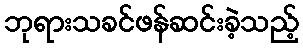
ဘုရားသခင်ဖန်ဆင်းခဲ့သည့်